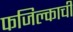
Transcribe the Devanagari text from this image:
फजिल्काची